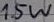
Text: 15W